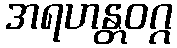
အရဟန္တဝဂ္ဂ